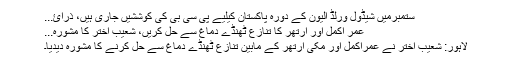
ستمبرمیں شیڈول ورلڈ الیون کے دورہ پاکستان کیلیے پی سی بی کی کوششیں جاری ہیں، ذرائ...
عمر اکمل اور آرتھر کا تنازع ٹھنڈے دماغ سے حل کریں، شعیب اختر کا مشورہ...
لاہور: شعیب اختر نے عمراکمل اور مکی آرتھر کے مابین تنازع ٹھنڈے دماغ سے حل کرنے کا مشورہ دیدیا۔